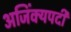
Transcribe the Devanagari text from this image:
अजिंक्यपदी